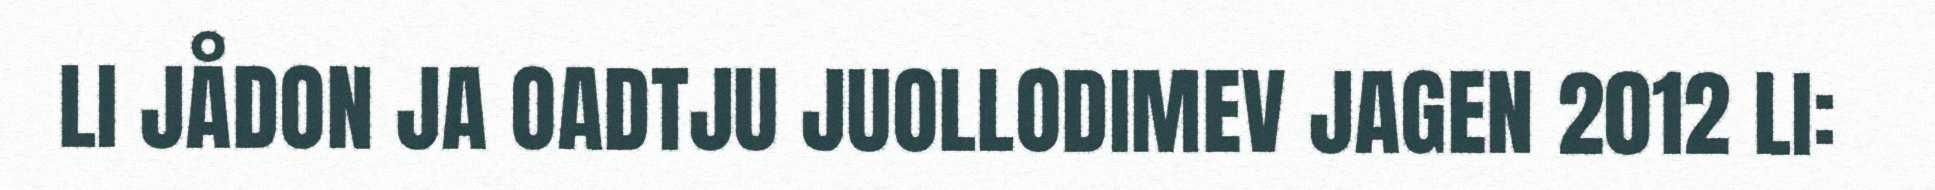
LI JÅDON JA OADTJU JUOLLODIMEV JAGEN 2012 LI: